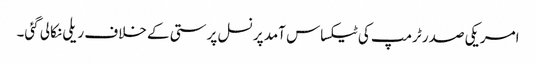
امریکی صدر ٹرمپ کی ٹیکساس آمد پر نسل پرستی کے خلاف ریلی نکالی گئی۔